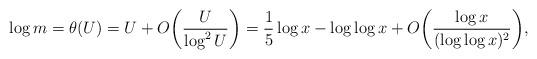
LaTeX: \begin{align*}\log m = \theta(U) = U + O\bigg( \frac U{\log^2 U} \bigg) = \frac15\log x - \log\log x + O\bigg( \frac{\log x}{(\log\log x)^2} \bigg),\end{align*}